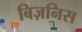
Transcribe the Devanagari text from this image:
बिज़निस